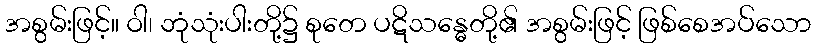
အစွမ်းဖြင့်။ ဝါ၊ ဘုံသုံးပါးတို့၌ စုတေ ပဋိသန္ဓေတို့၏ အစွမ်းဖြင့် ဖြစ်စေအပ်သော